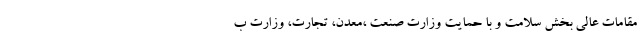
مقامات عالی بخش سلامت و با حمایت وزارت صنعت ،معدن، تجارت، وزارت ب